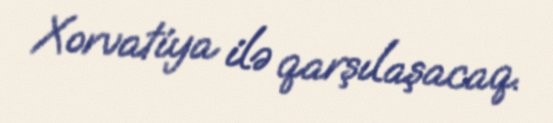
Xorvatiya ilə qarşılaşacaq.